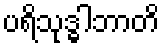
ပရိသုဒ္ဓါဘာတိ